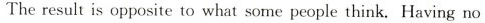
The result is opposite to what some people think. Having no